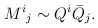
\begin{align*}M^i{}_j \sim Q^i {\bar Q}_j.\end{align*}